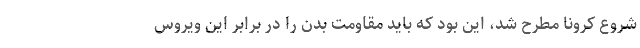
شروع کرونا مطرح شد، این بود که باید مقاومت بدن را در برابر این ویروس